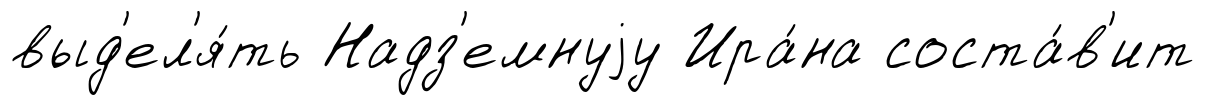
выд'ел'я́ть Надз'емнуjу Ира́на соста́в'ит